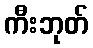
ကီးဘုတ်